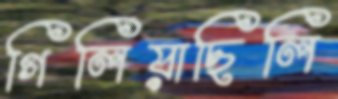
গিলিয়াছিলি